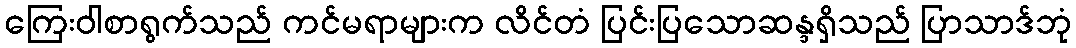
ကြေးဝါစာရွက်သည် ကင်မရာများက လိင်တံ ပြင်းပြသောဆန္ဒရှိသည် ပြာသာဒ်ဘုံ